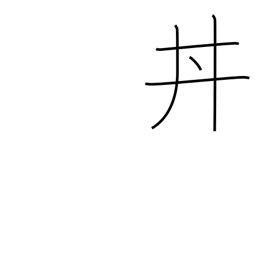
Meaning: bowl of food